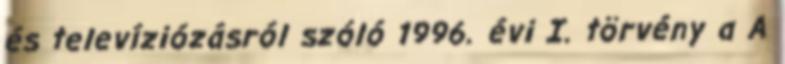
és televíziózásról szóló 1996. évi I. törvény a A